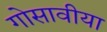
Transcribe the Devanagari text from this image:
गोसावीया